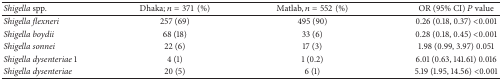
| Shigella spp. | Dhaka; n = 371 (%) | Matlab, n = 552 (%) | OR (95% CI) P value |
 | --- | --- | --- | --- |
 | Shigella flexneri | 257 (69) | 495 (90) | 0.26 (0.18, 0.37) <0.001 |
 | Shigella boydii | 68 (18) | 33 (6) | 0.28 (0.18, 0.45) <0.001 |
 | Shigella sonnei | 22 (6) | 17 (3) | 1.98 (0.99, 3.97) 0.051 |
 | Shigella dysenteriae 1 | 4 (1) | 1 (0.2) | 6.01 (0.63, 141.61) 0.016 |
 | Shigella dysenteriae | 20 (5) | 6 (1) | 5.19 (1.95, 14.56) <0.001 |